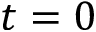
t = 0